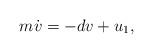
LaTeX: \begin{align*}m\dot{v} = - dv + u_1, \end{align*}